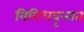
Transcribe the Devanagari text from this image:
विविधवृत्तात